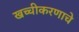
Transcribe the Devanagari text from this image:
खच्चीकरणाचे